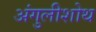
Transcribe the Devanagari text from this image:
अंगुलीशोथ